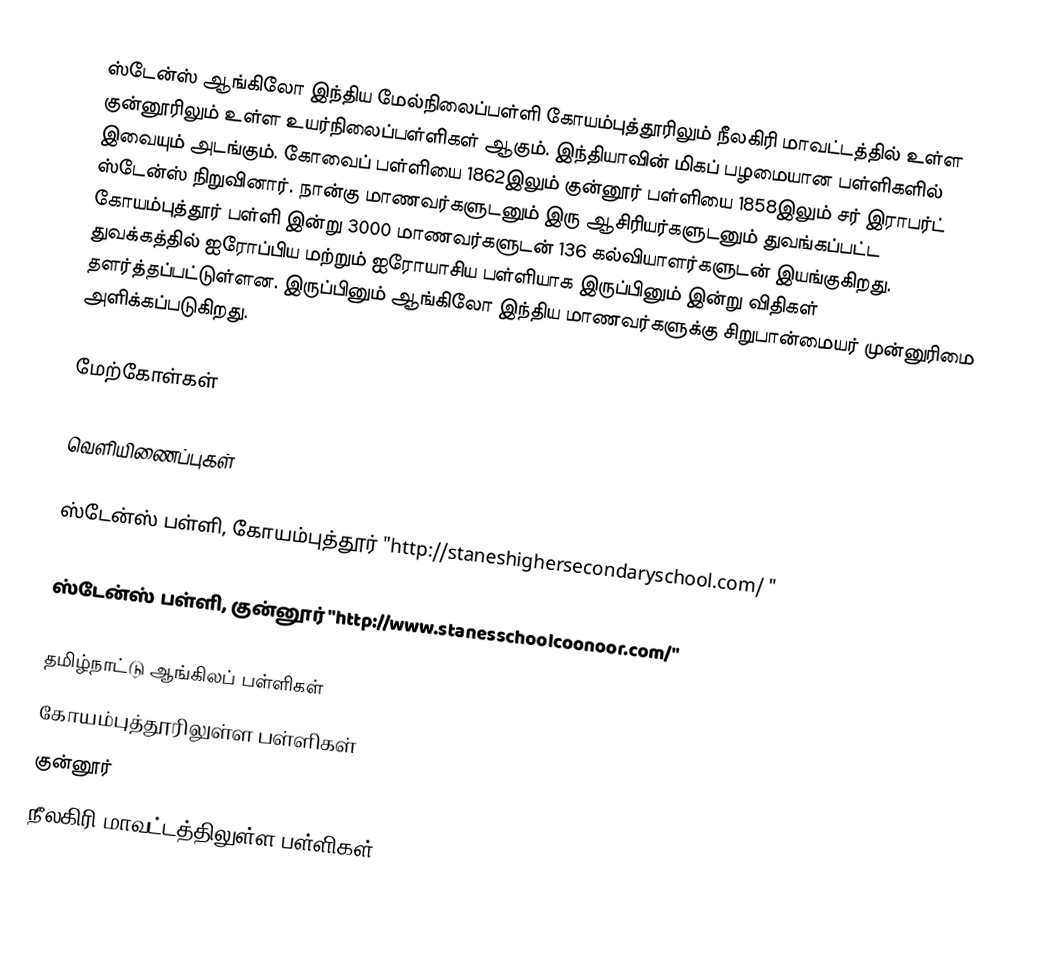
ஸ்டேன்ஸ் ஆங்கிலோ இந்திய மேல்நிலைப்பள்ளி கோயம்புத்தூரிலும் நீலகிரி மாவட்டத்தில் உள்ள குன்னூரிலும் உள்ள உயர்நிலைப்பள்ளிகள் ஆகும். இந்தியாவின் மிகப் பழமையான பள்ளிகளில் இவையும் அடங்கும்.  கோவைப் பள்ளியை 1862இலும் குன்னூர் பள்ளியை 1858இலும்  சர் இராபர்ட் ஸ்டேன்ஸ் நிறுவினார்.  நான்கு மாணவர்களுடனும் இரு ஆசிரியர்களுடனும் துவங்கப்பட்ட கோயம்புத்தூர் பள்ளி இன்று 3000 மாணவர்களுடன் 136 கல்வியாளர்களுடன் இயங்குகிறது. துவக்கத்தில் ஐரோப்பிய மற்றும் ஐரோயாசிய பள்ளியாக இருப்பினும் இன்று விதிகள் தளர்த்தப்பட்டுள்ளன. இருப்பினும் ஆங்கிலோ இந்திய மாணவர்களுக்கு சிறுபான்மையர் முன்னுரிமை அளிக்கப்படுகிறது.

மேற்கோள்கள்

வெளியிணைப்புகள்

ஸ்டேன்ஸ் பள்ளி, கோயம்புத்தூர் "http://staneshighersecondaryschool.com/ "

ஸ்டேன்ஸ் பள்ளி, குன்னூர் "http://www.stanesschoolcoonoor.com/"

தமிழ்நாட்டு ஆங்கிலப் பள்ளிகள்
கோயம்புத்தூரிலுள்ள பள்ளிகள்
குன்னூர்
நீலகிரி மாவட்டத்திலுள்ள பள்ளிகள்